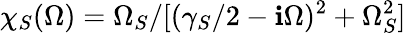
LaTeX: \chi_{S}(\Omega)=\Omega_{S}/[(\gamma_{S}/2-\mathbf{i}\Omega)^{2}+\Omega_{S}^{2}]